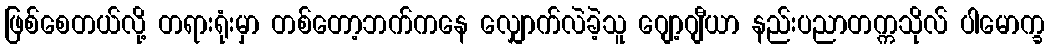
ဖြစ်စေတယ်လို့ တရားရုံးမှာ တစ်တော့ဘက်ကနေ လျှောက်လဲခဲ့သူ ဂျော့ဂျီယာ နည်းပညာတက္ကသိုလ် ပါမောက္ခ